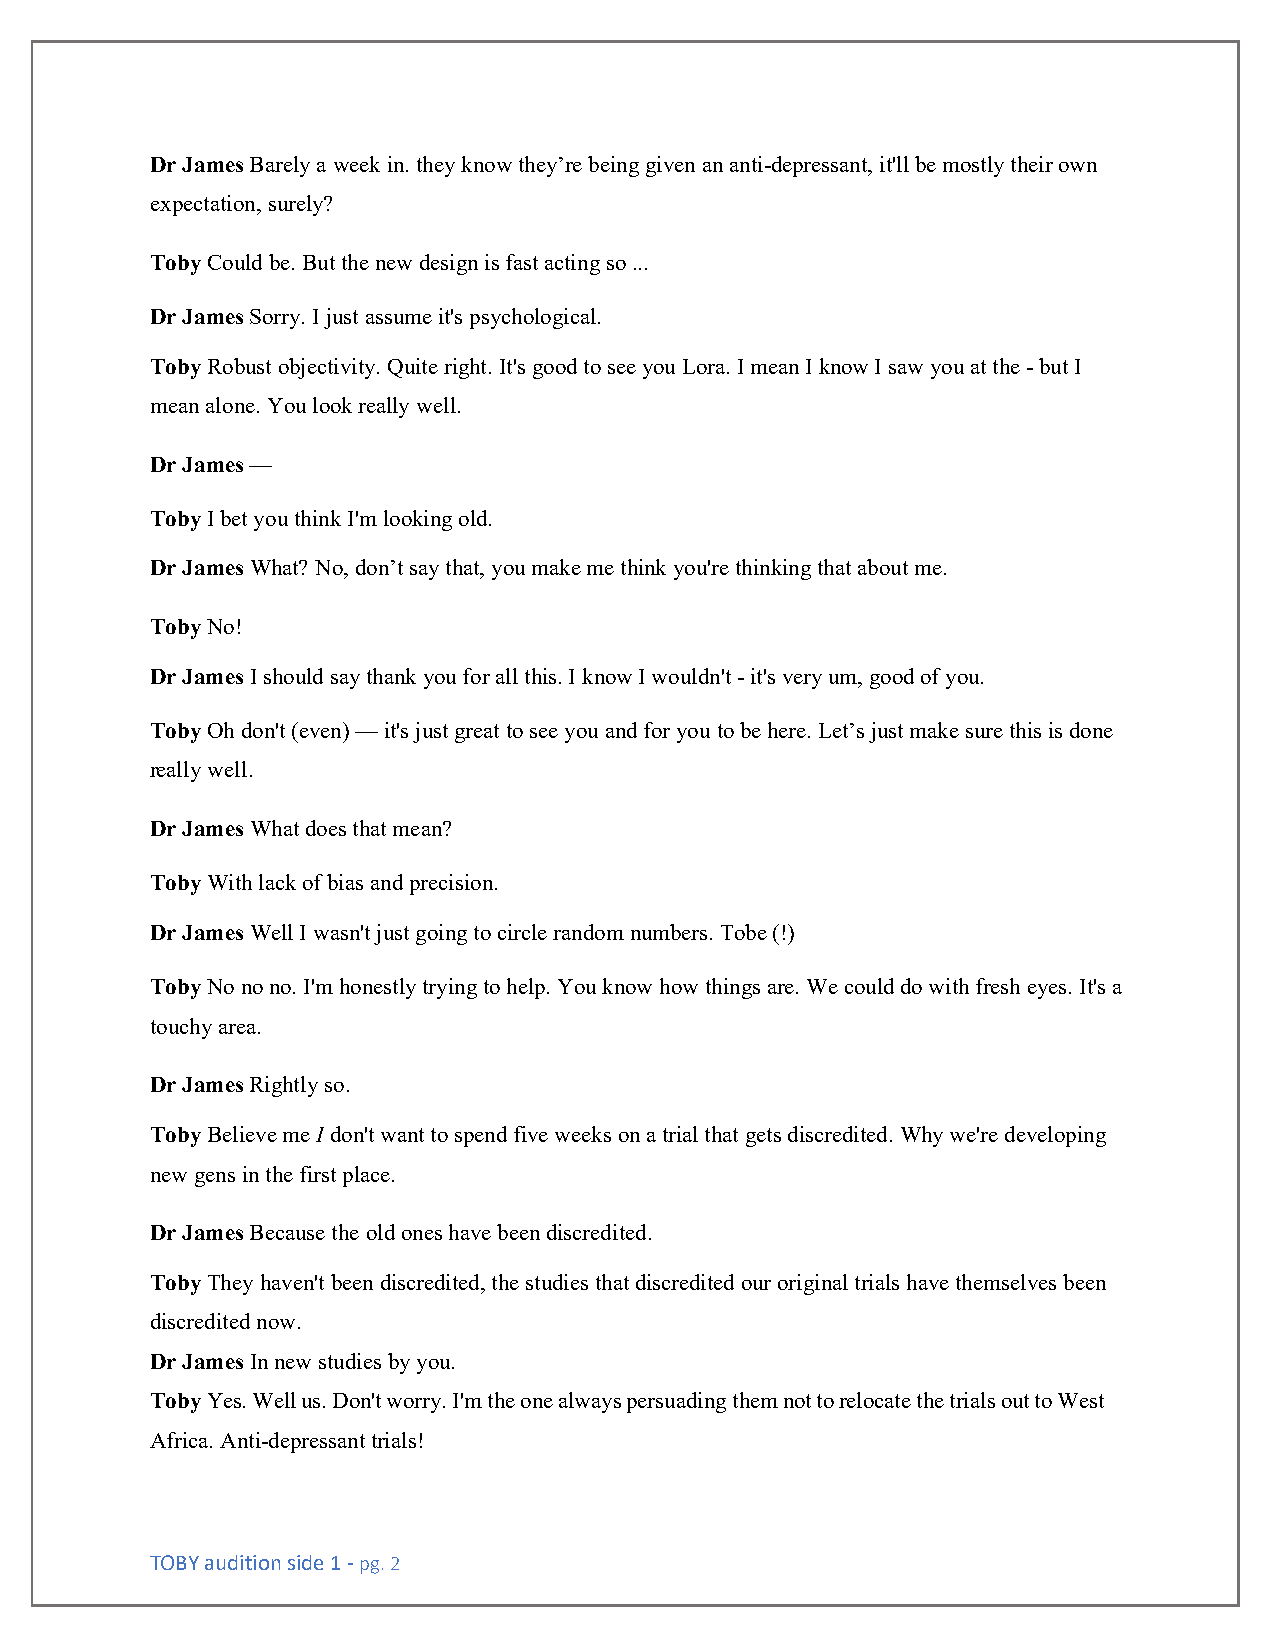
Dr James Barely a week in. they know they’re being given an anti-depressant, it'll be mostly their own
 expectation, surely?
 Toby Could be. But the new design is fast acting so ...
 Dr James Sorry. I just assume it's psychological.
 Toby Robust objectivity. Quite right. It's good to see you Lora. I mean I know I saw you at the - but I
 mean alone. You look really well.
 Dr James —
 Toby I bet you think I'm looking old.
 Dr James What? No, don’t say that, you make me think you're thinking that about me.
 Toby No!
 Dr James I should say thank you for all this. I know I wouldn't - it's very um, good of you.
 Toby Oh don't (even) — it's just great to see you and for you to be here. Let’s just make sure this is done
 really well.
 Dr James What does that mean?
 Toby With lack of bias and precision.
 Dr James Well I wasn't just going to circle random numbers. Tobe (!)
 Toby No no no. I'm honestly trying to help. You know how things are. We could do with fresh eyes. It's a
 touchy area.
 Dr James Rightly so.
 Toby Believe me I don't want to spend five weeks on a trial that gets discredited. Why we're developing
 new gens in the first place.
 Dr James Because the old ones have been discredited.
 Toby They haven't been discredited, the studies that discredited our original trials have themselves been
 discredited now.
 Dr James In new studies by you.
 Toby Yes. Well us. Don't worry. I'm the one always persuading them not to relocate the trials out to West
 Africa. Anti-depressant trials!
 TOBY audition side 1 - pg. 2